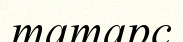
татарс